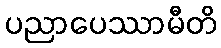
ပညာပေဿာမီတိ